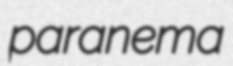
paranema